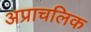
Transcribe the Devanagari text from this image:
अप्राचलिक